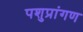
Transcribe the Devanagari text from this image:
पशुप्रांगण